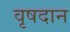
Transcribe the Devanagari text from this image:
वृषदान